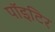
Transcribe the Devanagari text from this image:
पाॅइटिर